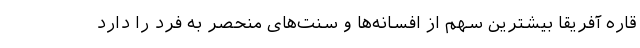
قاره آفریقا بیشترین سهم از افسانه‌ها و سنت‌های منحصر به فرد را دارد